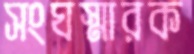
সংঘস্মারক